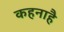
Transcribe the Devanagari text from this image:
कहनाहै